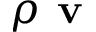
\rho \textbf { v }